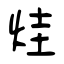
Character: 烓